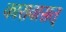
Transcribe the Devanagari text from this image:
कारावासत्